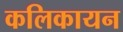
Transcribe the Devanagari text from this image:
कलिकायन